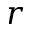
r